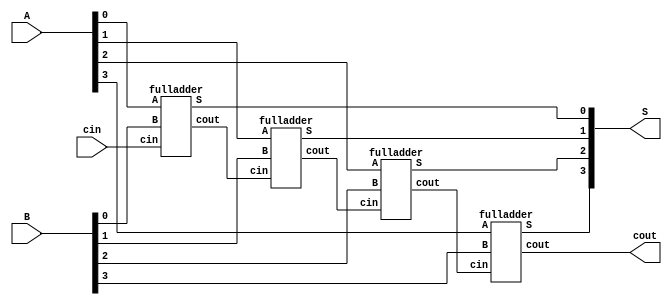
module ripple_adder(A, B, cin, S, cout);
input [3:0] A, B;
input [0:0] cin;
output [3:0] S;
output cout;
wire [2:0]w;

fulladder Block1(A[0], B[0], cin[0], S[0], w[0]);
fulladder Block2(A[1], B[1], w[0], S[1], w[1]);
fulladder Block3(A[2], B[2], w[1], S[2], w[2]);
fulladder Block4(A[3], B[3], w[2], S[3], cout);
endmodule

module fulladder(A, B, cin, S, cout);
input A, B, cin;
output S, cout;
wire [0:0]w;

xor B1(w[0], A, B);
xor B2(S, cin, w[0]);
mux2to1 B3(
        .x(B), 
        .y(cin), 
        .s(w[0]), 
        .m(cout)
        );
endmodule

module mux2to1(x, y, s, m);
    input x; //selected when s is 0
    input y; //selected when s is 1
    input s; //select signal
    output m; //output
  
    assign m = s & y | ~s & x;
    // OR
    // assign m = s ? y : x;

endmodule